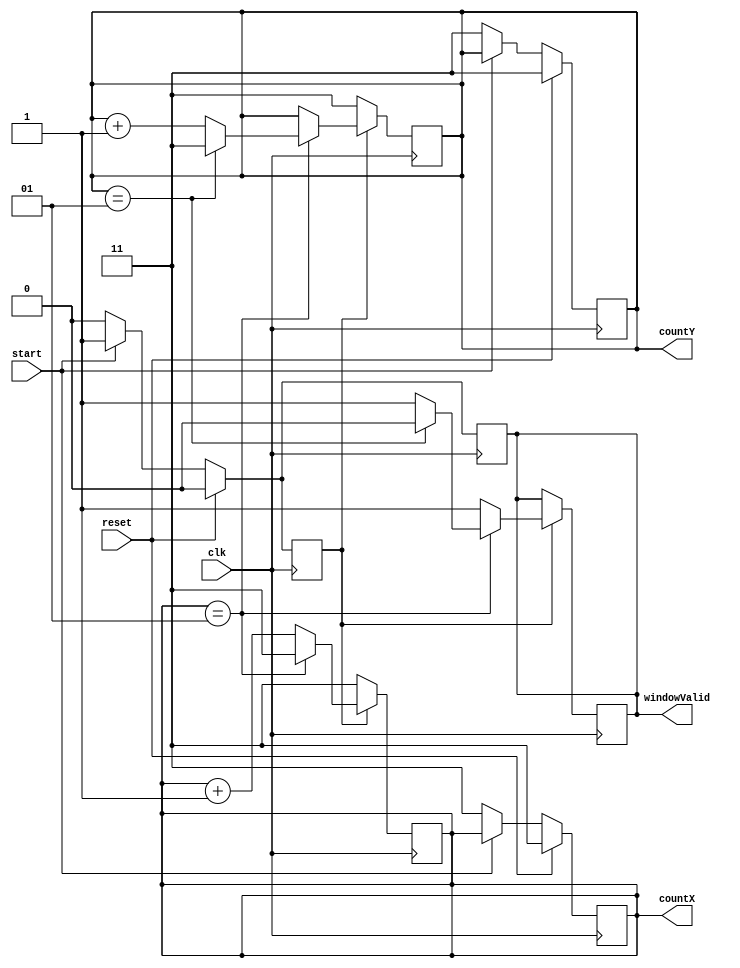
///////////////////////////////////////////////////////////////////////////////////////////////////
// Company: <Name>
//
// File history:
//      <Revision number>: <Date>: <Comments>
//      <Revision number>: <Date>: <Comments>
//      <Revision number>: <Date>: <Comments>
//
// Description: 
//
// <Description here>
//
// Targeted device: <Family::IGLOO2> <Die::M2GL090T> <Package::484 FBGA>
//
/////////////////////////////////////////////////////////////////////////////////////////////////// 

//`timescale <time_units> / <precision>

module windowCounter( clk, reset, start, countX, countY, windowValid );
input clk, reset;
input start;
output reg signed [1:0] countX; 
output reg signed [1:0] countY;
output reg windowValid;

//<statements>
reg startReg;

always @ (posedge clk) begin
    if (reset) begin
        countX <= -1;
        countY <= -1;
        windowValid <= 0;
        startReg <= 0;
    end
    else if (start) begin
        startReg <= start;
        windowValid <= 1;
    end
    else begin
        countX <= -1;
        countY <= -1;
        windowValid <= 0;
        startReg <= 0;
    end
end

always @ (posedge clk) begin
    if (startReg) begin
        if (countX == 1) begin
            countX <= -1;
            if (countY == 1) begin
                windowValid <= 0;
                countY <= -1;
            end
            else begin
                countY <= countY + 1'b1;
                windowValid <= 1;
            end
        end
        else begin
            countX <= countX + 1'b1;
            windowValid <= 1;
        end
    end
    else begin
        countX <= -1;
        countY <= -1;
    end
end

endmodule